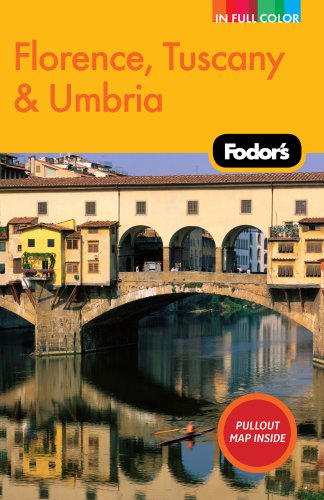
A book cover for Fodor's Florence, Tuscany & Umbria, 9th Edition (Full-color Travel Guide); Fodor's; Travel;